Indian journal of veterinary science and animal husbandry - Volume 1,
Year: 1931
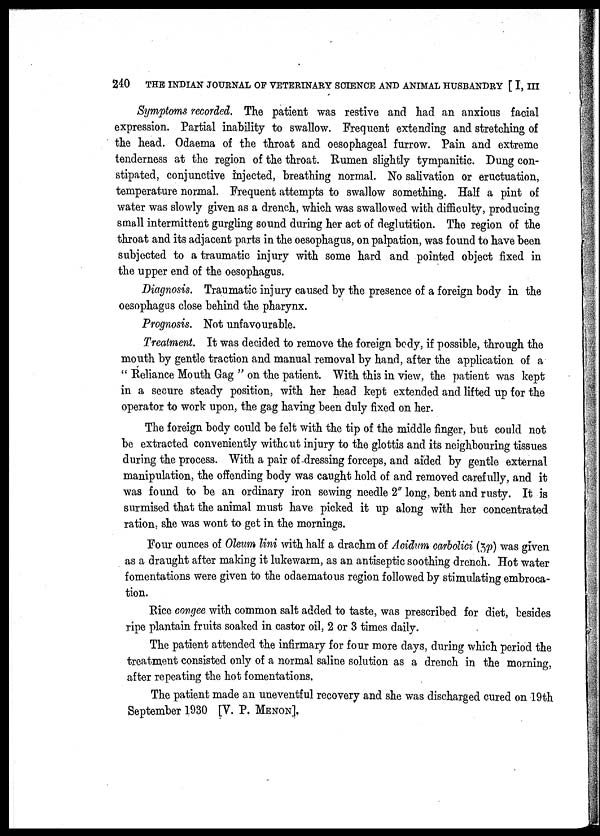
240
THE INDIAN JOURNAL OF VETERINARY SCIENCE AND ANIMAL HUSBANDRY [ I, III
Symptoms recorded. The patient was restive and had an anxious facial
expression. Partial inability to swallow. Frequent extending and stretching of
the head. Odaema of the throat and oesophageal furrow. Pain and extreme
tenderness at the region of the throat. Rumen slightly tympanitic. Dung con-
stipated, conjunctive injected, breathing normal. No salivation or eructuation,
temperature normal. Frequent attempts to swallow something. Half a pint of
water was slowly given as a drench, which was swallowed with difficulty, producing
small intermittent gurgling sound during her act of deglutition. The region of the
throat and its adjacent parts in the oesophagus, on palpation, was found to have been
subjected to a traumatic injury with some hard and pointed object fixed in
the upper end of the oesophagus.
Diagnosis. Traumatic injury caused by the presence of a foreign body in the
oesophagus close behind the pharynx.
Prognosis. Not unfavourable.
Treatment. It was decided to remove the foreign body, if possible, through the
mouth by gentle traction and manual removal by hand, after the application of a
" Reliance Mouth Gag " on the patient. With this in view, the patient was kept
in a secure steady position, with her head kept extended and lifted up for the
operator to work upon, the gag having been duly fixed on her.
The foreign body could be felt with the tip of the middle finger, but could not
be extracted conveniently without injury to the glottis and its neighbouring tissues
during the process. With a pair of dressing forceps, and aided by gentle external
manipulation, the offending body was caught hold of and removed carefully, and it
was found to be an ordinary iron sewing needle 2" long, bent and rusty. It is
surmised that the animal must have picked it up along with her concentrated
ration, she was wont to get in the mornings.
Four ounces of Oleum lini with half a drachm of Acidum carbolici (3p) was given
as a draught after making it lukewarm, as an antiseptic soothing drench. Hot water
fomentations were given to the odaematous region followed by stimulating embroca-
tion.
Rice congee with common salt added to taste, was prescribed for diet, besides
ripe plantain fruits soaked in castor oil, 2 or 3 times daily.
The patient attended the infirmary for four more days, during which period the
treatment consisted only of a normal saline solution as a drench in the morning,
after repeating the hot fomentations.
The patient made an uneventful recovery and she was discharged cured on 19th
September 1930 [V. P. MENON].